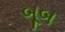
બૂબ